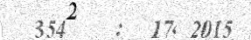
354    :  17